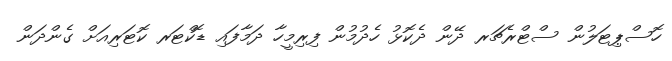
ހޮސްޕިޓަލުން ސްޓްރެޗަރ ދޭން ދެކޮޅު ހެދުމުން ފިރިމީހާ ދަމާފައި ޑޮކްޓަރ ކޮޓަރިއަށް ގެންދަން